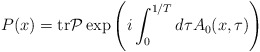
\begin{align*}P(x)={\rm tr}{\cal P}\exp\left(i\int_0^{1/T}d\tau A_0(x,\tau)\right)\end{align*}